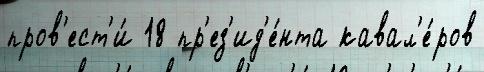
пров'ест'и́ 18 пр'ез'ид'е́нта кавал'е́ров